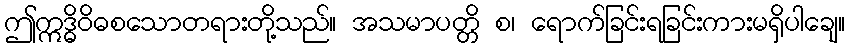
ဤဣဒ္ဓိဝိဓစသောတရားတို့သည်။ အသမာပတ္တိ စ၊ ရောက်ခြင်းရခြင်းကားမရှိပါချေ။